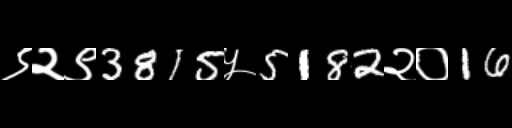
Text: ९२९3815५5182२०16